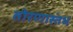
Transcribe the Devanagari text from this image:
तोरणास्तंभ